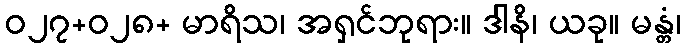
ဝ၂၇+ဝ၂၈+ မာရိသ၊ အရှင်ဘုရား။ ဒါနိ၊ ယခု။ မန္တံ၊